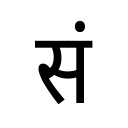
OCR:
सं